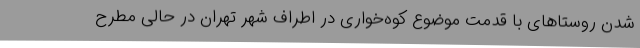
شدن روستاهای با قدمت موضوع کوه‌خواری در اطراف شهر تهران در حالی مطرح